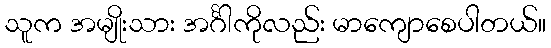
သူက အမျိုးသား အင်္ဂါကိုလည်း မာကျောစေပါတယ်။